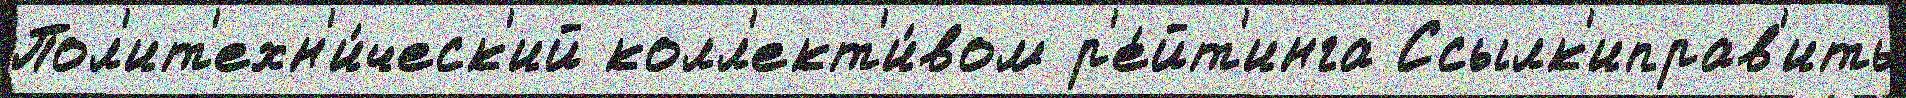
Пол'ит'ехн'и́ческ'ий колл'ект'и́вом р'е́йт'инга Ссылк'иправ'ить